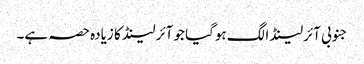
جنوبی آئرلینڈ الگ ہوگیا جو آئرلینڈ کا زیادہ حصہ ہے۔